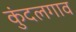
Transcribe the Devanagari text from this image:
कुंदलगाव